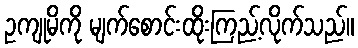
ဥကျုမိကို မျက်စောင်းထိုးကြည့်လိုက်သည်။